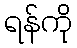
ရန်ကို